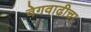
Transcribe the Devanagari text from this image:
वेगवाढीचा